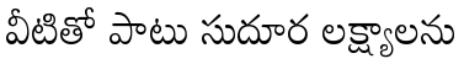
వీటితో పాటు సుదూర లక్ష్యాలను